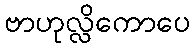
ဗာဟုလ္လိကောပေ